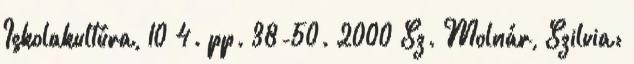
Iskolakultúra, 10 4. pp. 38-50. 2000 Sz. Molnár, Szilvia: